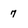
Character: 7